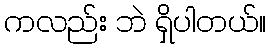
ကလည်း ဘဲ ရှိပါတယ်။